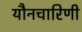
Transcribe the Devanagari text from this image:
यौनचारिणी